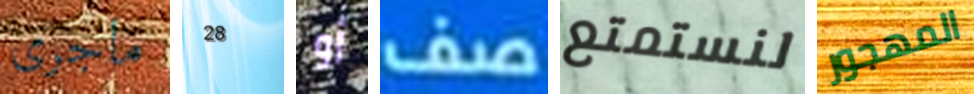
ماجرى 28 أو صف لنستمتع المهجور